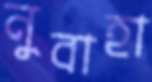
নুবাহা